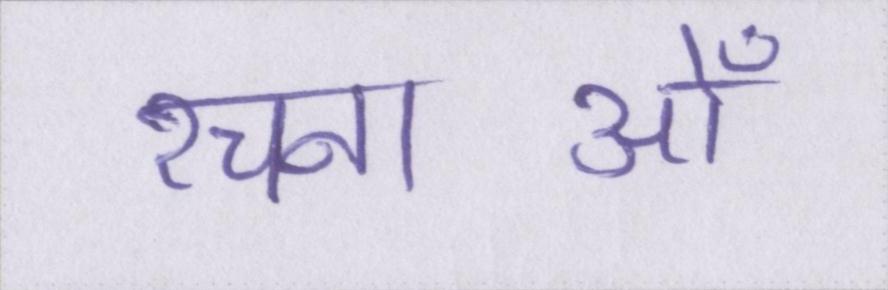
रचनाओँ